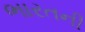
ભારતની